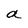
Character: a